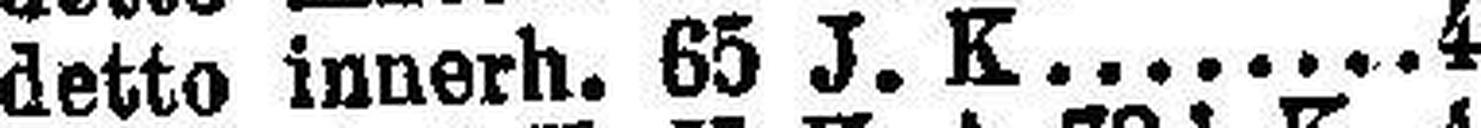
detto innerh. 65 J. K 4